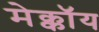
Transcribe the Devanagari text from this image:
मेक्कॉय